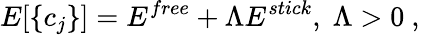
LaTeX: E[\{ c_{j}\} ]=E^{free}+\Lambda E^{stick},\; \Lambda>0\ ,\